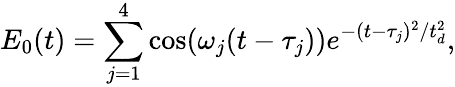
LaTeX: E_{0}(t)=\sum_{j=1}^{4}\cos(\omega_{j}(t-\tau_{j}))e^{-(t-\tau_{j})^{2}/t_{d}^{2}},